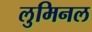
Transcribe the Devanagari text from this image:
लुमिनल